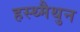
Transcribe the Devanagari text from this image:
हस्थ्मैथुन